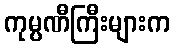
ကုမ္ပဏီကြီးများက